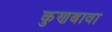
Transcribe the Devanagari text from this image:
कुणबावा